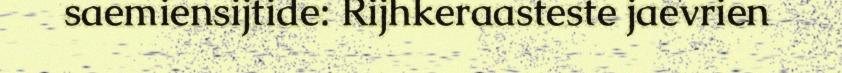
saemiensijtide: Rijhkeraasteste jaevrien